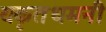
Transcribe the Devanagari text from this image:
यकृतधमनी